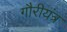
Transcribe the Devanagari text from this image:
गौरीयंत्र